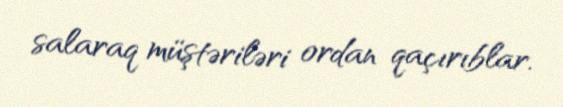
salaraq müştəriləri ordan qaçırıblar.